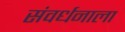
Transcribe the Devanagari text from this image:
संवर्धनाला